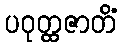
ပဝုတ္ထဇာတိံ